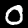
Label: 0